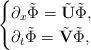
LaTeX: \begin{align*}\begin{cases}\partial_x \tilde{\Phi} = \tilde{\mathbf{U}} \tilde{\Phi}, \\\partial_t \tilde{\Phi} = \tilde{\mathbf{V}} \tilde{\Phi},\end{cases}\end{align*}